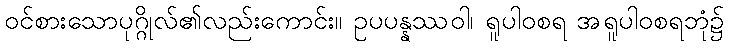
ဝင်စားသောပုဂ္ဂိုလ်၏လည်းကောင်း။ ဥပပန္နဿဝါ၊ ရူပါဝစရ အရူပါဝစရဘုံ၌